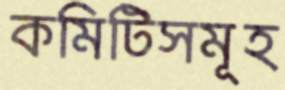
কমিটিসমূহ